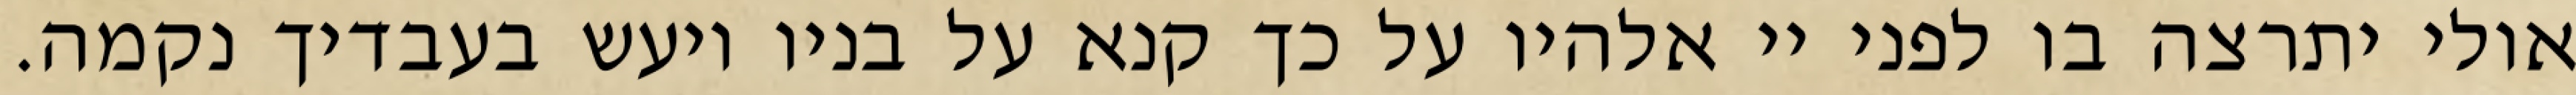
אולי יתרצה בו לפני יי אלהיו על כך קנא על בניו ויעש בעבדיך נקמה.